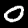
Label: 0